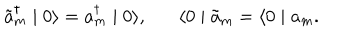
LaTeX: \tilde { a } _ { m } ^ { \dagger } \mid 0 \rangle = a _ { m } ^ { \dagger } \mid 0 \rangle , \langle 0 \mid \tilde { a } _ { m } = \langle 0 \mid a _ { m } .